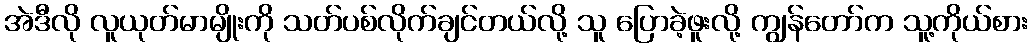
အဲဒီလို လူယုတ်မာမျိုးကို သတ်ပစ်လိုက်ချင်တယ်လို့ သူ ပြောခဲ့ဖူးလို့ ကျွန်တော်က သူ့ကိုယ်စား